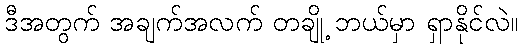
ဒီအတွက် အချက်အလက် တချို့ ဘယ်မှာ ရှာနိုင်လဲ။